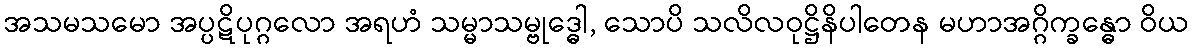
အသမသမော အပ္ပဋိပုဂ္ဂလော အရဟံ သမ္မာသမ္ဗုဒ္ဓေါ, သောပိ သလိလဝုဋ္ဌိနိပါတေန မဟာအဂ္ဂိက္ခန္ဓော ဝိယ